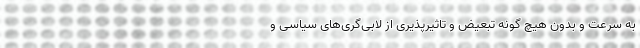
به سرعت و بدون هیچ گونه تبعیض و تاثیرپذیری از لابی‌گری‌های سیاسی و